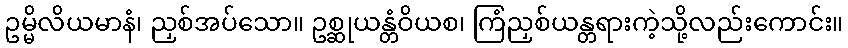
ဥမ္မိလိယမာနံ၊ ညှစ်အပ်သော။ ဥစ္ဆုယန္တံဝိယစ၊ ကြံညှစ်ယန္တရားကဲ့သို့လည်းကောင်း။